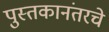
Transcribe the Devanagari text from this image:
पुस्तकानंतरचे